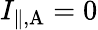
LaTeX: I_{\mathrm{\| ,A}}=0